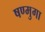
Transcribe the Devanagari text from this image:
षण्मुगा